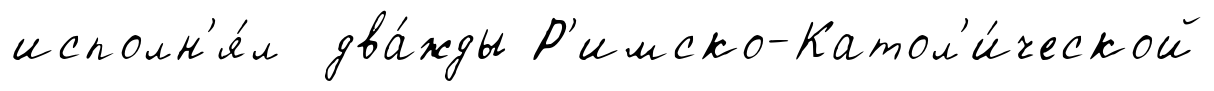
исполн'я́л два́жды Р'имско-Катол'и́ческой